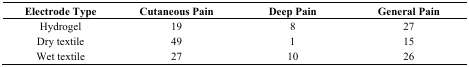
| Electrode Type | Cutaneous Pain | Deep Pain | General Pain |
 | --- | --- | --- | --- |
 | Hydrogel | 19 | 8 | 27 |
 | Dry textile | 49 | 1 | 15 |
 | Wet textile | 27 | 10 | 26 |